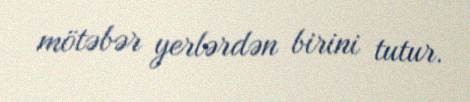
mötəbər yerlərdən birini tutur.